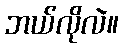
ဘယ်လိုလဲ။